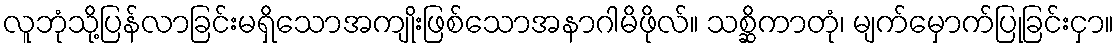
လူဘုံသို့ပြန်လာခြင်းမရှိသောအကျိုးဖြစ်သောအနာဂါမိဖိုလ်။ သစ္ဆိကာတုံ၊ မျက်မှောက်ပြုခြင်းငှာ။